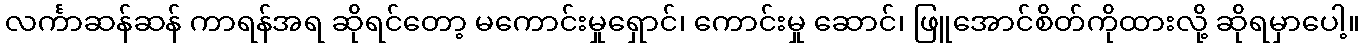
လင်္ကာဆန်ဆန် ကာရန်အရ ဆိုရင်တော့ မကောင်းမှုရှောင်၊ ကောင်းမှု ဆောင်၊ ဖြူအောင်စိတ်ကိုထားလို့ ဆိုရမှာပေါ့။